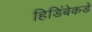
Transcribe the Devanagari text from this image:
हिडिंबेकडे